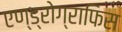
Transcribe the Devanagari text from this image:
एण्ड्रोग्राफिस